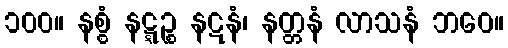
၁၀၀။ နစ္စံ နဋ္ဋဉ္စ နဋနံ၊ နတ္တနံ လာသနံ ဘဝေ။